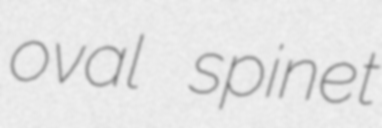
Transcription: oval spinet